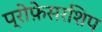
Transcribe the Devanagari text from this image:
प्रोफ़ेसरशिप